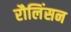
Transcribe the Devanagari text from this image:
रौलिंसन